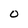
Character: O